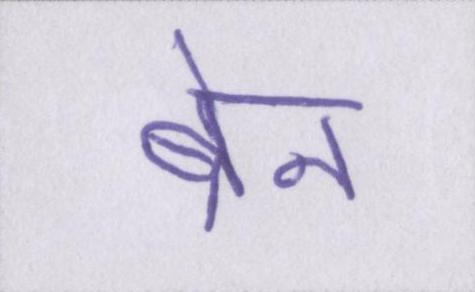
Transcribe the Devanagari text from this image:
ब्रेन